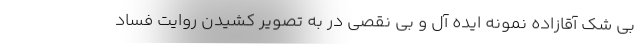
بی شک آقازاده نمونه ایده آل و بی نقصی در به تصویر کشیدن روایت فساد